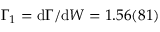
\Gamma _ { 1 } = \mathrm { d } \Gamma / \mathrm { d } W = 1 . 5 6 ( 8 1 )